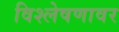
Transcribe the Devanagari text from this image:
विश्लेषणावर